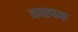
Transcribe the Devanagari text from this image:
वयापक